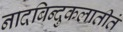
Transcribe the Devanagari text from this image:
नादबिन्दुकलातीतं